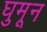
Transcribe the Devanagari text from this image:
घुमून